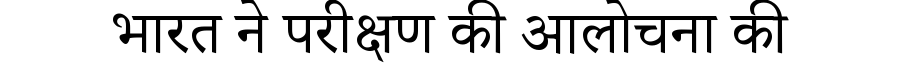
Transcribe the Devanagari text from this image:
भारत ने परीक्षण की आलोचना की